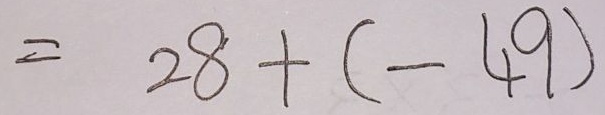
= 2 8 + ( - 4 9 )